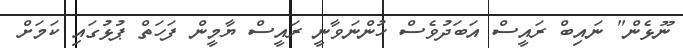
ނޫޅެން" ނައިބް ރައީސް އަބަދުވެސް ހުންނަވާނީ ރައީސް ޔާމީން ފަހަތް ޕުޅުގައި ކަމަށް